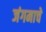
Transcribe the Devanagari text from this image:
जंगमाचे